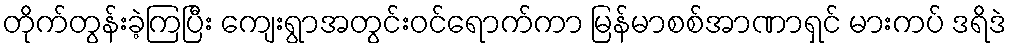
တိုက်တွန်းခဲ့ကြပြီး ကျေးရွာအတွင်းဝင်ရောက်ကာ မြန်မာစစ်အာဏာရှင် မားကပ် ဒရိဒဲ